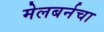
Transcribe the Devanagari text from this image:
मेलबर्नचा